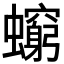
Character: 𧔚